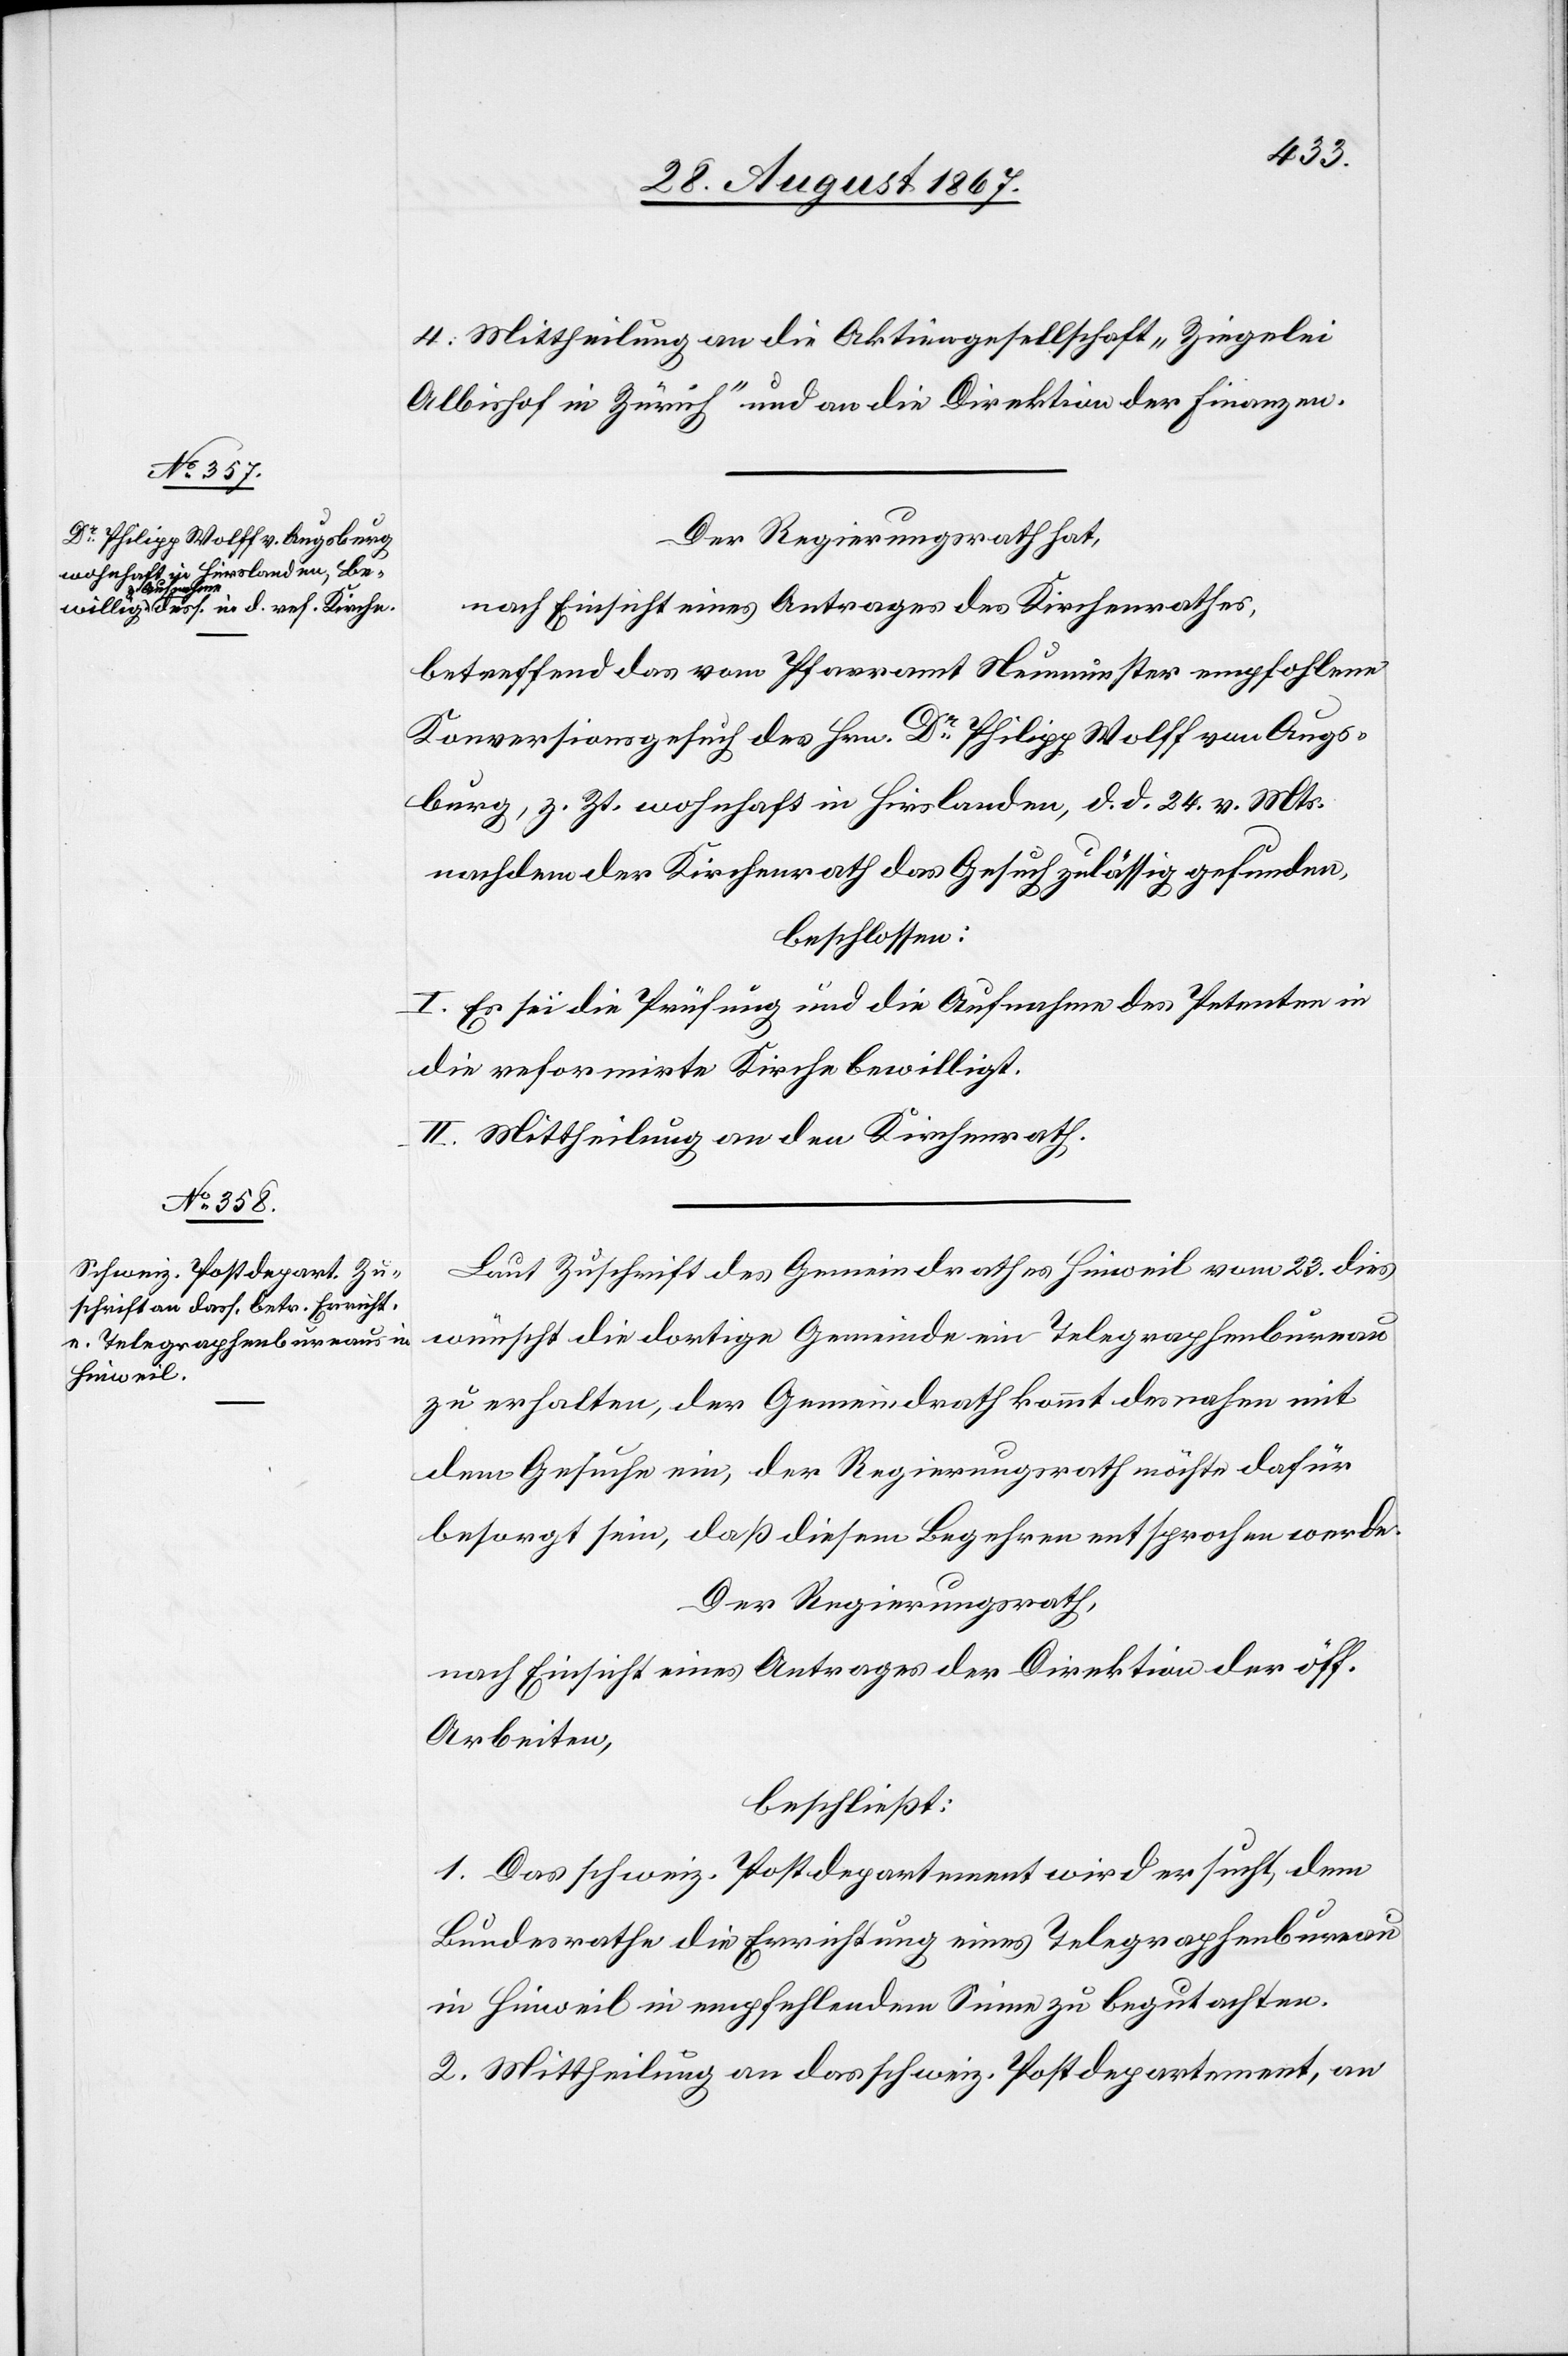
4. Mittheilung an die Aktiengesellschaft „Ziegelei
Albishof in Zürich“ und an die Direktion der Finanzen.
Der Regierungsrath hat,
nach Einsicht eines Antrages des Kirchenrathes,
betreffend das vom Pfarramt Neumünster empfohlene
Konversionsgesuch des Hrn. Dr. Philipp Wolff von Augs¬
burg, z. Zt. wohnhaft in Hirslanden, d. d. 24. v. Mts.
nachdem der Kirchenrath das Gesuch zulässig gefunden,
beschlossen:
I. Es sei die Prüfung und die Aufnahme des Petenten in
die reformirte Kirche bewilligt.
II. Mittheilung an den Kirchenrath.
Laut Zuschrift des Gemeindrathes Hinweil vom 23. dies
wünscht die dortige Gemeinde ein Telegraphenbureau
zu erhalten, der Gemeindrath kommt desnahen mit
dem Gesuche ein, der Regierungsrath möchte dafür
besorgt sein, daß diesem Begehren entsprochen werde.
Der Regierungsrath,
nach Einsicht eines Antrages der Direktion der öff.
Arbeiten,
beschließt:
1. Das schweiz. Postdepartement wird ersucht, dem
Bundesrathe die Errichtung eines Telegraphenbureau
in Hinweil in empfehlendem Sinne zu begutachten.
2. Mittheilung an das schweiz. Postdepartement, an